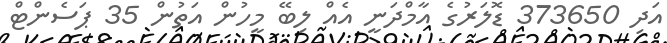
އަދި 373650 ޑޮލަރުގެ އާމްދަނީ އެއް ލިބޭ މީހުން އަތުން 35 ޕަސެންޓް